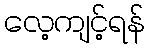
လေ့ကျင့်ရန်